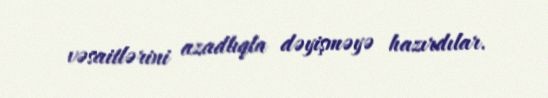
vəsaitlərini azadlıqla dəyişməyə hazırdılar.